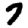
Digit: 7